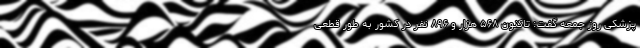
پزشکی روز جمعه گفت: تاکنون ۵۶۸ هزار و ۸۹۶ نفر در کشور به طور قطعی